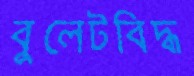
বুলেটবিদ্ধ